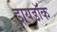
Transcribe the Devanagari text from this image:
ड्रायडॉक